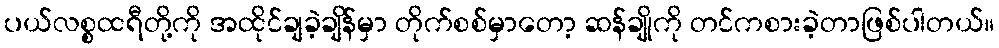
ပယ်လစ္စထရီတို့ကို အထိုင်ချခဲ့ချိန်မှာ တိုက်စစ်မှာတော့ ဆန်ချိုကို တင်ကစားခဲ့တာဖြစ်ပါတယ်။